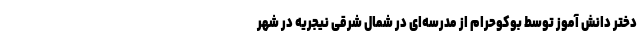
دختر دانش آموز توسط بوکوحرام از مدرسه‌ای در شمال شرقی نیجریه در شهر